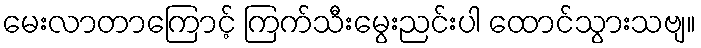
မေးလာတာကြောင့် ကြက်သီးမွေးညင်းပါ ထောင်သွားသဗျ။